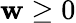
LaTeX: \mathbf{w}\ge0